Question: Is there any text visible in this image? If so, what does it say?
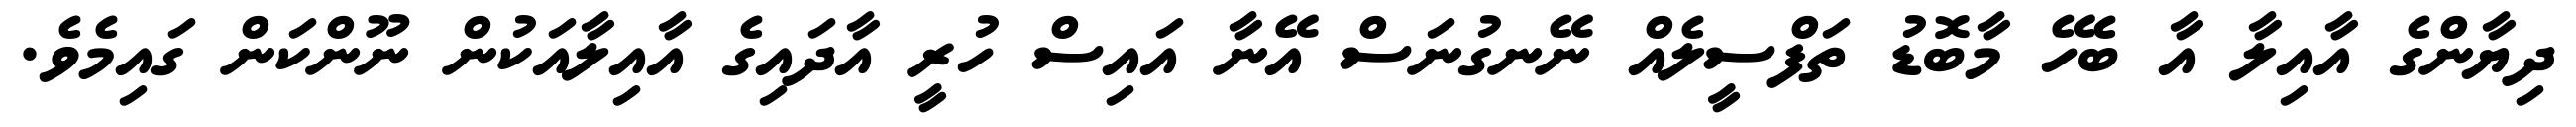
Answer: ދިޔާންގެ އާއިލާ އާ ބެހޭ މާބޮޑު ތަފްސީލެއް ނޭނގުނަސް އޭނާ އައިސް ހުރީ އާދައިގެ އާއިލާއަކުން ނޫންކަން ގައިމެވެ.